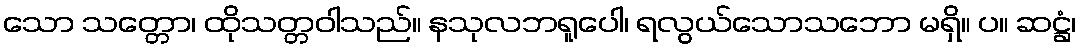
သော သတ္တော၊ ထိုသတ္တဝါသည်။ နသုလဘရူပေါ၊ ရလွယ်သောသဘော မရှိ။ ပ။ ဆဋ္ဌံ၊